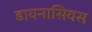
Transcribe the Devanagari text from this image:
डायनासियस